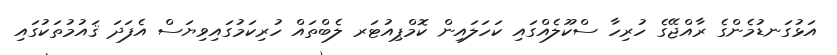
އަޅުގަނޑުމެންގެ ރާއްޖޭގެ ހުރިހާ ސްކޫލެއްގައި ކަހަލައިން ކޮމްޕިއުޓަރ ލެބްތައް ހުރިކަމުގައިވިޔަސް އެފަދަ ޤައުމުތަކުގައި